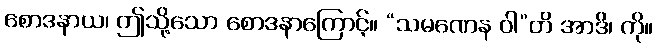
စောဒနာယ၊ ဤသို့သော စောဒနာကြောင့်။ “သမဏေန ဝါ”တိ အာဒိ၊ ကို။